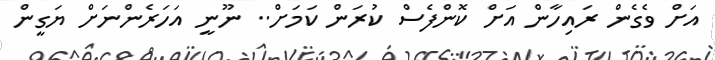
އަށް ވެގެން ރައިހާން އަށް ކޮންފެސް ކުރަން ކަމަށް.. ނޫނީ އަހަރެންނަށް ޔަގީން